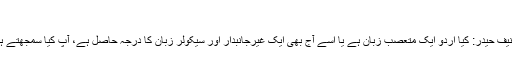
)
تصنیف حیدر: کیا اردو ایک متعصب زبان ہے یا اسے آج بھی ایک غیرجانبدار اور سیکولر زبان کا درجہ حاصل ہے، آپ کیا سمجھتے ہیں؟